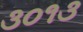
૩૦૧૩